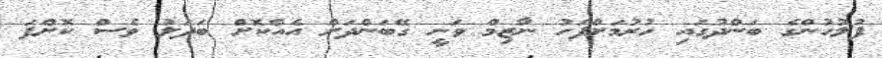
ފުލުހުންގެ ބަންދުގައި ހުރުމަށްފަހު ނާޒިމް ވަނީ ގޭބަންދަށް އެއްކޮށް ބަދަލު ވެސް ކޮށްފަ